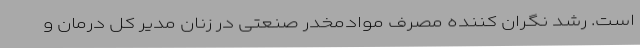
است. رشد نگران کننده مصرف موادمخدر صنعتی در زنان مدیر کل درمان و